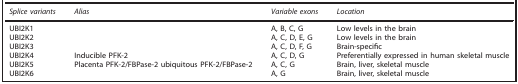
<table><thead><tr><td><b><i>Splice variants</i></b></td><td><b><i>Alias</i></b></td><td><b><i>Variable exons</i></b></td><td><b><i>Location</i></b></td></tr></thead><tbody><tr><td>UBI2K1</td><td> </td><td>A, B, C, G</td><td>Low levels in the brain</td></tr><tr><td>UBI2K2</td><td> </td><td>A, C, D, E, G</td><td>Low levels in the brain</td></tr><tr><td>UBI2K3</td><td> </td><td>A, C, D, F, G</td><td>Brain-specific</td></tr><tr><td>UBI2K4</td><td>Inducible PFK-2</td><td>A, C, D, G</td><td>Preferentially expressed in human skeletal muscle</td></tr><tr><td>UBI2K5</td><td>Placenta PFK-2/FBPase-2 ubiquitous PFK-2/FBPase-2</td><td>A, C, G</td><td>Brain, liver, skeletal muscle</td></tr><tr><td>UBI2K6</td><td> </td><td>A, G</td><td>Brain, liver, skeletal muscle</td></tr></tbody></table>